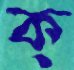
ক্